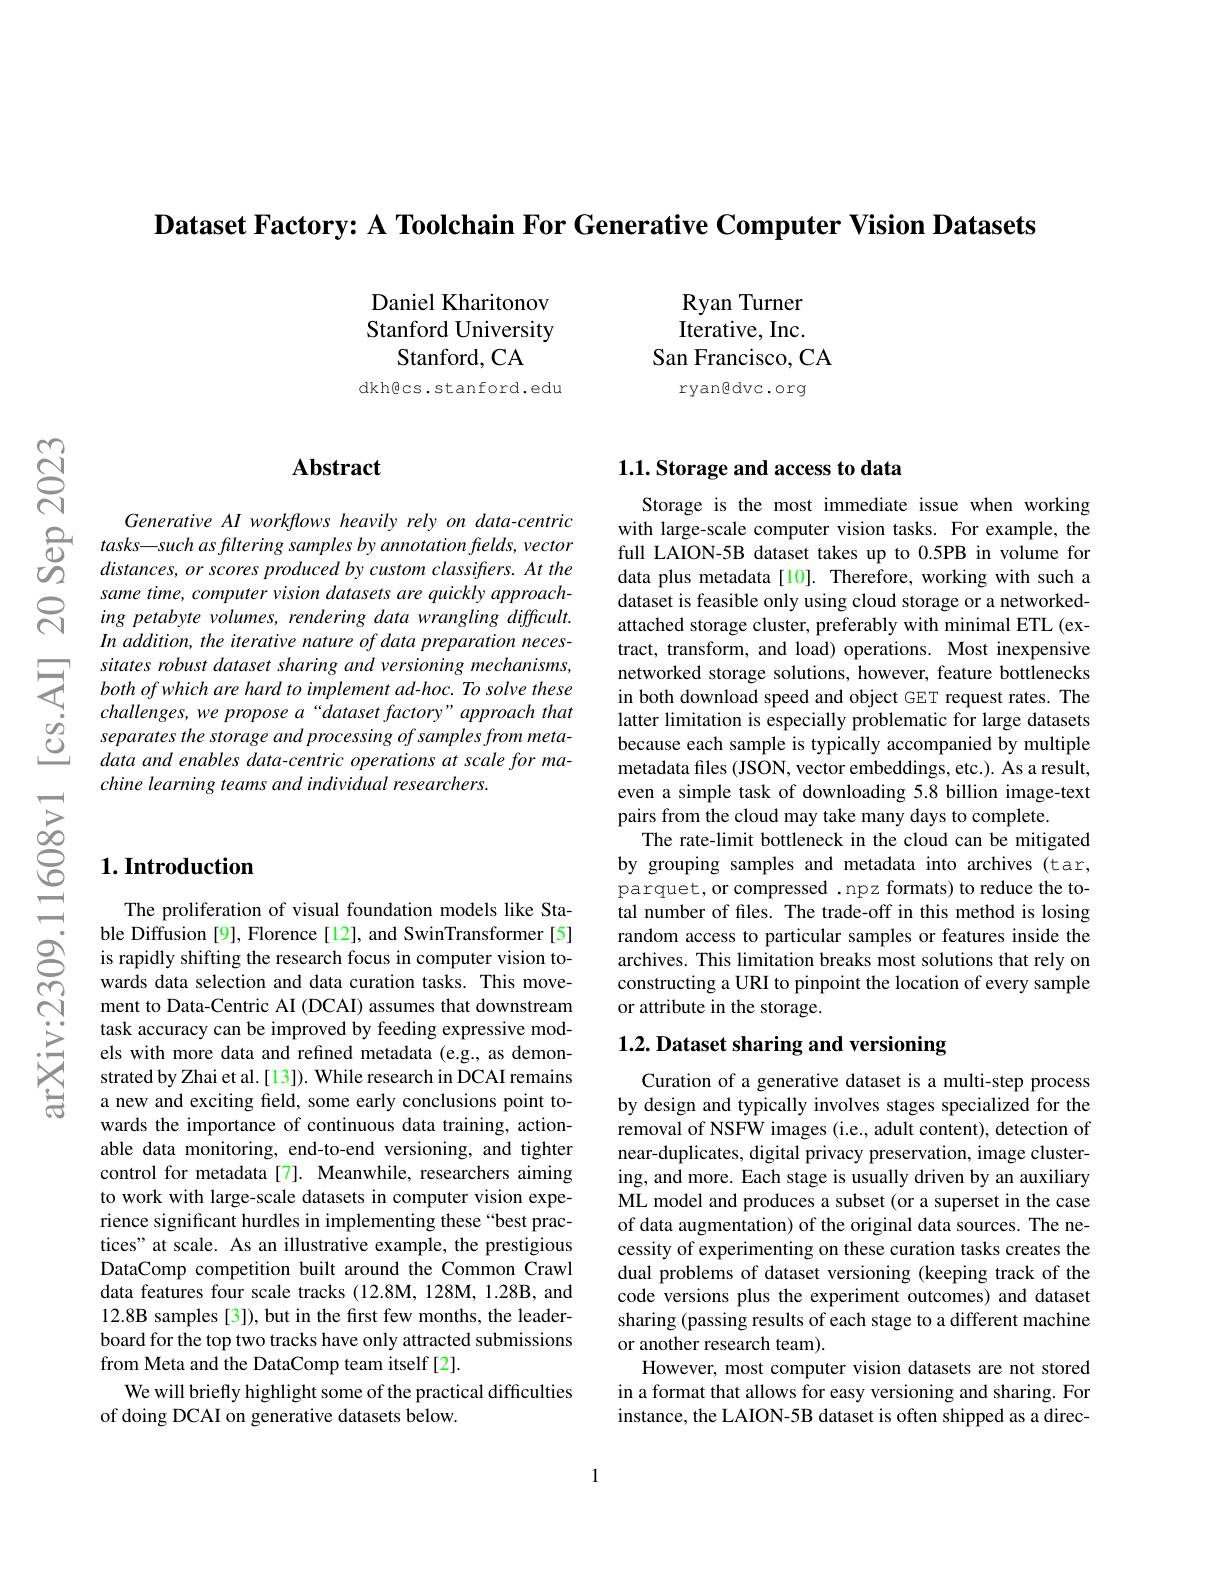
$\textbf{Dataset Factory: A Toolchain For Generative Computer Vision Datasets}$

Daniel Kharitonov Stanford University
Stanford, CA
dkh@cs.stanford.edu

Ryan Turner Iterative, Inc.
San Francisco, CA
ryangdvc.org

## $\mathbf{Abstract}$

$\begin{array}{cc}&Generative&AI&workflows&heavily&rely&on&data-centric\\Q&tasks—such&as\:filtering&samples\:by\:annotation\:fhelds,\:vector\\O&distances,\:or\:scores\:produced\:by\:custom\:classiffers.\:At\:the\end{array}$
same time, computer vision datasets are quickly approaching petabyte volumes, rendering data wrangling difficult. In addition, the iterative nature of data preparation necessitates robust dataset sharing and versioning mechanisms, both of which are hard to implement ad-hoc. To solve these challenges, we propose a“dataset factory”approach that separates the storage and processing of samples from metadata and enables data-centric operations at scale for machine learning teams and individual researchers.

## $1. \textbf{Introduction}$

The proliferation of visual foundation models like Stable Diffusion [9], Florence [12], and SwinTransformer [5] is rapidly shifting the research focus in computer vision towards data selection and data curation tasks. This movement to Data-Centric AI (DCAI) assumes that downstream task accuracy can be improved by feeding expressive models with more data and refined metadata (e.g., as demonstrated by Zhai et al.[13]). While research in DCAI remains a new and exciting field, some early conclusions point towards the importance of continuous data training, actionable data monitoring, end-to-end versioning, and tighter control for metadata[7]. Meanwhile, researchers aiming to work with large-scale datasets in computer vision experience significant hurdles in implementing these “best practices" at scale. As an illustrative example, the prestigious DataComp competition built around the Common Crawl data features four scale tracks (12.8M, 128M, 1.28B, and 12.8B samples [3]), but in the first few months, the leaderboard for the top two tracks have only attracted submissions from Meta and the DataComp team itself [2].
We will briefly highlight some of the practical difficulties
of doing DCAI on generative datasets below.

# 1.1. Storage and access to data

Storage is the most immediate issue when working with large-scale computer vision tasks. For example, the full LAION-5B dataset takes up to 0.5PB in volume for data plus metadata[10]. Therefore, working with such a dataset is feasible only using cloud storage or a networkedattached storage cluster, preferably with minimal ETL (extract, transform, and load) operations. Most inexpensive networked storage solutions, however, feature bottlenecks in both download speed and object GET request rates. The latter limitation is especially problematic for large datasets because each sample is typically accompanied by multiple metadata files (JSON, vector embeddings, etc.). As a result, even a simple task of downloading 5.8 billion image-text pairs from the cloud may take many days to complete
The rate-limit bottleneck in the cloud can be mitigated by grouping samples and metadata into archives (tar, parquet, or compressed .npz formats) to reduce the total number of files. The trade-off in this method is losing random access to particular samples or features inside the archives. This limitation breaks most solutions that rely on constructing a URI to pinpoint the location of every sample or attribute in the storage.

# 1.2. Dataset sharing and versioning

Curation of a generative dataset is a multi-step process by design and typically involves stages specialized for the removal of NSFW images (i.e., adult content), detection of near-duplicates, digital privacy preservation, image clustering, and more. Each stage is usually driven by an auxiliary ML model and produces a subset (or a superset in the case of data augmentation) of the original data sources. The necessity of experimenting on these curation tasks creates the dual problems of dataset versioning (keeping track of the code versions plus the experiment outcomes) and dataset sharing (passing results of each stage to a different machine or another research team).
However, most computer vision datasets are not stored in a format that allows for easy versioning and sharing. For instance, the LAION-5B dataset is often shipped as a direc-

1